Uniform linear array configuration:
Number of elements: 16
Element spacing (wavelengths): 1
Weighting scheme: exponential
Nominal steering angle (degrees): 45
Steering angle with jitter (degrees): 43.574
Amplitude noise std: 0.05
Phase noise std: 0.05

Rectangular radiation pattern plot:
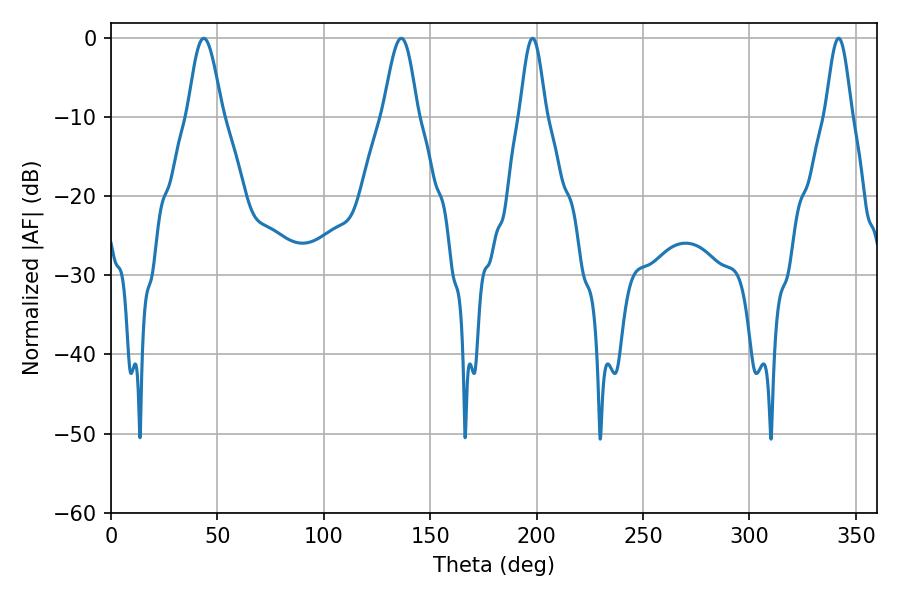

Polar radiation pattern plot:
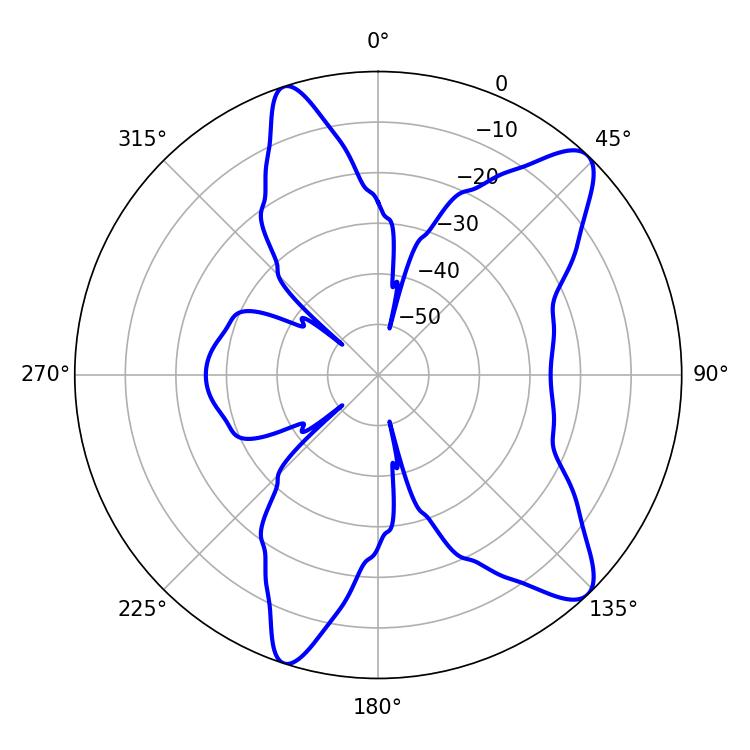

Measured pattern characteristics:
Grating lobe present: TRUE
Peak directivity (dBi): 10.823
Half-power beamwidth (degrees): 8.64
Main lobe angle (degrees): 43.56